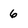
Character: 6